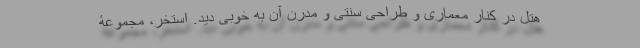
هتل در کنار معماری و طراحی سنتی و مدرن آن به خوبی دید. استخر، مجموعۀ